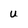
Character: U